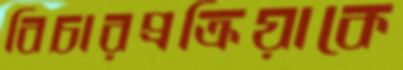
বিচারপ্রক্রিয়াকে